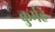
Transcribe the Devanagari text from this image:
कुर्महे